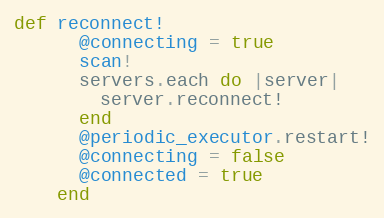
Language: Ruby
def reconnect!
      @connecting = true
      scan!
      servers.each do |server|
        server.reconnect!
      end
      @periodic_executor.restart!
      @connecting = false
      @connected = true
    end